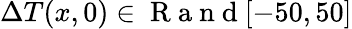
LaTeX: \Delta T(x,0)\in\mathrm{~R~a~n~d~}[-50,50]